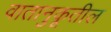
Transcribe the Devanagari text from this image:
वातानुकूतील